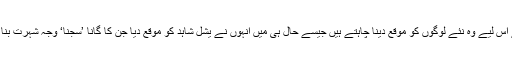
علی ظفر نے کہا کہ وہ سمجھتے ہیں کہ پاکستان میں ٹیلنٹ کی کمی نہیں ہے اس لیے وہ نئے لوگوں کو موقع دینا چاہتے ہیں جیسے حال ہی میں انہوں نے یشل شاہد کو موقع دیا جن کا گانا ’سجنا‘ وجہ شہرت بنا اور پھر عروج فاطمہ کو موقع دیا جن کا گانا ’لیلیٰ اور لیلیٰ ‘ بہت مشہور ہوا۔